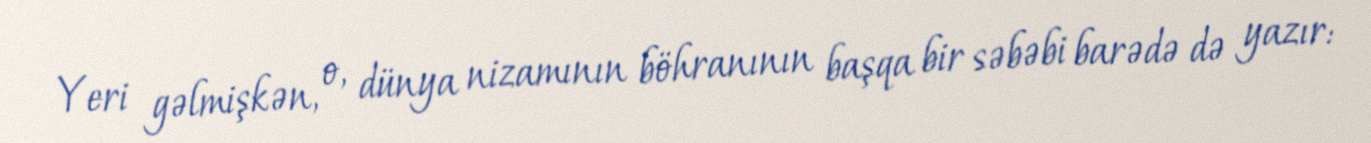
Yeri gəlmişkən, o, dünya nizamının böhranının başqa bir səbəbi barədə də yazır: